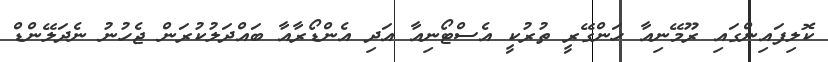
ކޮލިފައިންގައި ރޫމޭނިއާ ހަންގޭރީ ތުރުކީ އެސްޓޯނިއާ އަދި އެންޑޯރާއާ ބައްދަލުކުރަން ޖެހުނު ނެދަލޭންޑް